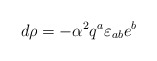
\begin{align*}d \rho =- {\alpha}^{2} q^{a}\varepsilon_{ab}e^{b}\end{align*}